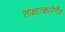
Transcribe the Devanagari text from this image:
साक्षात्कारेणैव